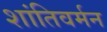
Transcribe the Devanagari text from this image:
शांतिवर्मन